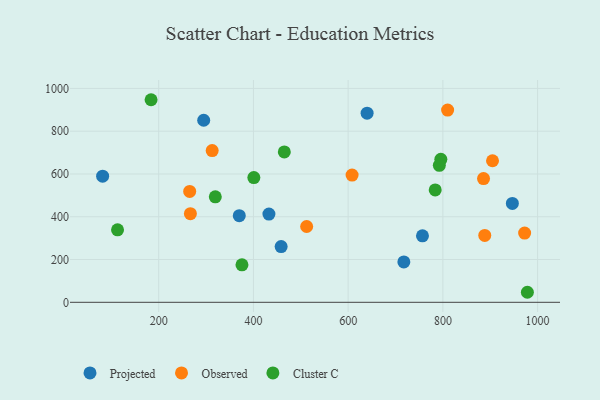
{"axis": {"x": "Study Hours", "y": "Rating"}, "legend": ["Cluster C", "Observed", "Projected"], "data": [{"x": "370.1", "y": 404.9, "type": "Projected"}, {"x": "295.0", "y": 851.1, "type": "Projected"}, {"x": "458.5", "y": 260.5, "type": "Projected"}, {"x": "717.6", "y": 188.8, "type": "Projected"}, {"x": "756.9", "y": 310.7, "type": "Projected"}, {"x": "946.7", "y": 462.2, "type": "Projected"}, {"x": "432.7", "y": 412.3, "type": "Projected"}, {"x": "640.0", "y": 884.2, "type": "Projected"}, {"x": "81.6", "y": 589.7, "type": "Projected"}, {"x": "888.4", "y": 312.9, "type": "Observed"}, {"x": "265.4", "y": 518.2, "type": "Observed"}, {"x": "512.4", "y": 354.3, "type": "Observed"}, {"x": "608.3", "y": 594.9, "type": "Observed"}, {"x": "904.8", "y": 661.8, "type": "Observed"}, {"x": "972.6", "y": 323.9, "type": "Observed"}, {"x": "885.8", "y": 578.3, "type": "Observed"}, {"x": "266.9", "y": 414.2, "type": "Observed"}, {"x": "810.0", "y": 898.5, "type": "Observed"}, {"x": "312.9", "y": 709.3, "type": "Observed"}, {"x": "795.7", "y": 668.6, "type": "Cluster C"}, {"x": "375.8", "y": 175.4, "type": "Cluster C"}, {"x": "465.2", "y": 703.1, "type": "Cluster C"}, {"x": "113.1", "y": 338.8, "type": "Cluster C"}, {"x": "319.5", "y": 493.1, "type": "Cluster C"}, {"x": "783.8", "y": 525.2, "type": "Cluster C"}, {"x": "792.5", "y": 640.2, "type": "Cluster C"}, {"x": "183.9", "y": 947.1, "type": "Cluster C"}, {"x": "400.9", "y": 583.0, "type": "Cluster C"}, {"x": "978.4", "y": 46.9, "type": "Cluster C"}]}